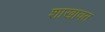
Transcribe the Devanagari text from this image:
शाखावत